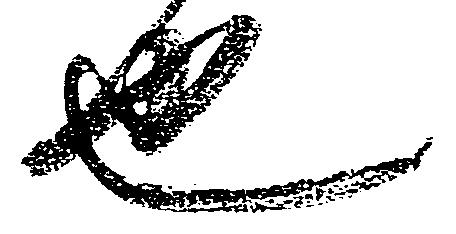
也